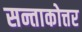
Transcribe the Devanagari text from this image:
सन्ताकोत्तर